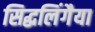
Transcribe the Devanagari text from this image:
सिद्धलिंगैया